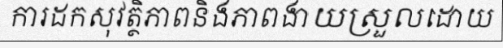
ការដកសុវត្ថិភាពនិងភាពងាយស្រួលដោយ